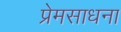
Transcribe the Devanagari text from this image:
प्रेमसाधना